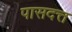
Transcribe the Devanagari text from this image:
पासदत्त